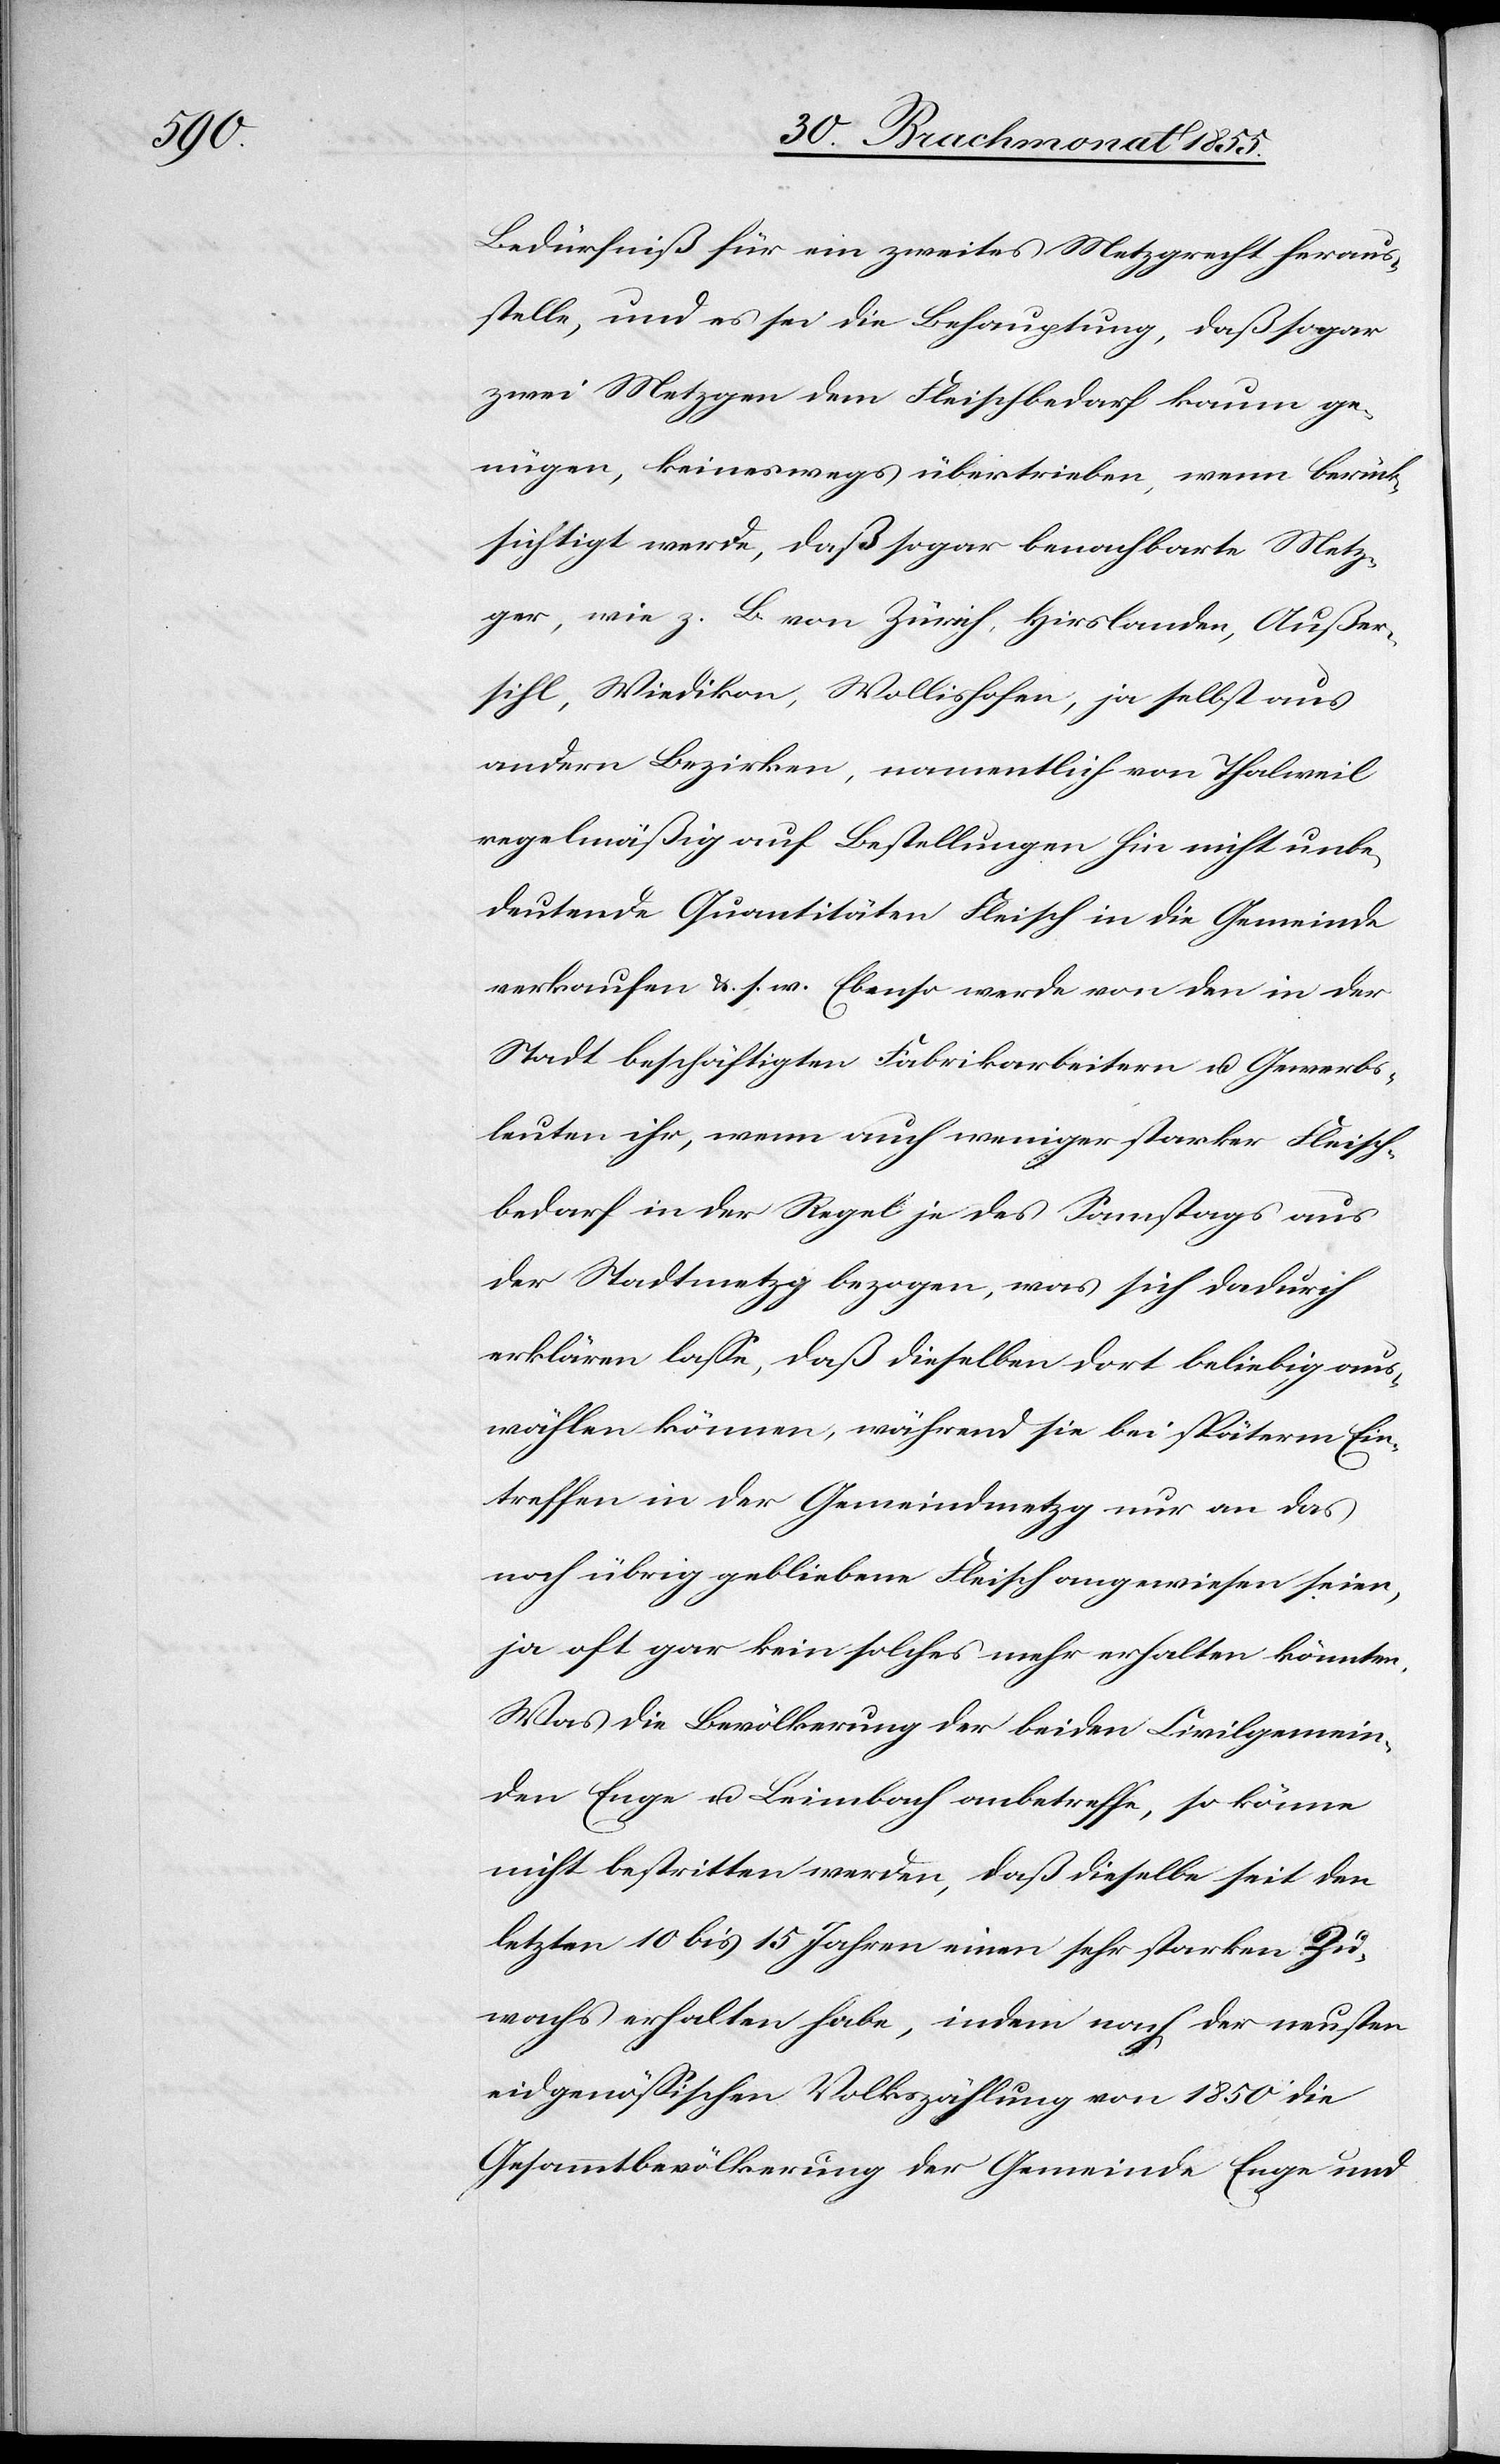
Bedürfniß für ein zweites Metzgrecht heraus¬
stelle, und es sei die Behauptung, daß sogar
zwei Metzgen dem Fleischbedarf kaum ge¬
nügen, keineswegs übertrieben, wenn berück¬
sichtigt werde, daß sogar benachbarte Metz¬
ger, wie z. B. von Zürich, Hirslanden, Außer¬
sihl, Wiedikon, Wollishofen, ja selbst aus
andern Bezirken, namentlich von Thalweil
regelmäßig auf Bestellungen hin nicht unbe¬
deutende Quantitäten Fleisch in die Gemeinde
verkaufen &. s. w. Ebenso werde von den in der
Stadt beschäftigten Fabrikarbeitern u. Gewerbs¬
leuten ihr, wenn auch weniger starker Fleisch¬
bedarf in der Regel je des Samstags aus
der Stadtmetzg bezogen, was sich dadurch
erklären lasse, daß dieselben dort beliebig aus¬
wählen können, während sie bei späterm Ein¬
treffen in der Gemeindmetzg nur an das
noch übrig gebliebene Fleisch angewiesen seien,
ja oft gar kein solches mehr erhalten könnten.
Was die Bevölkerung der beiden Civilgemein¬
den Enge u. Leimbach anbetreffe, so könne
nicht bestritten werden, daß dieselbe seit den
letzten 10 bis 15 Jahren einen sehr starken Zu¬
wachs erhalten habe, indem nach der neusten
eidgenössischen Volkszählung von 1850 die
Gesammtbevölkerung der Gemeinde Enge und